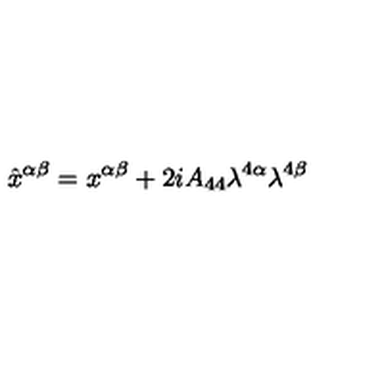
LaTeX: \hat { x } ^ { \alpha \beta } = x ^ { \alpha \beta } + 2 i A _ { 4 4 } \lambda ^ { 4 \alpha } \lambda ^ { 4 \beta }